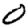
Digit: 0